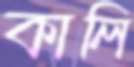
কালি